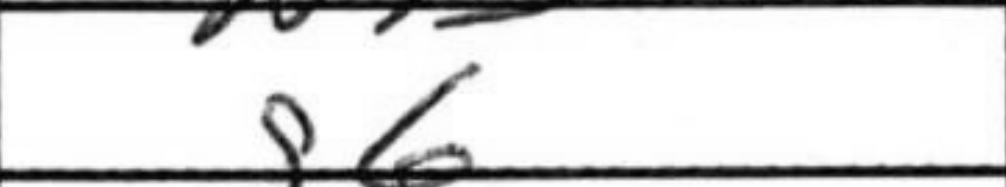
Transcription: g6